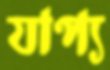
যাপ্য